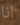
انا